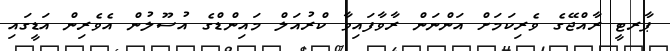
ޕާރޓީ ރާއްޖޭގެ ވެރިކަމަށް އަންނަން ރާވާފައިވާ ކްރުއަލް މައިންޑްގެ އުސޫލުން އެވެރިން އަޑީގައި